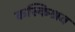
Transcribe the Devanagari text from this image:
कस्किश्रव